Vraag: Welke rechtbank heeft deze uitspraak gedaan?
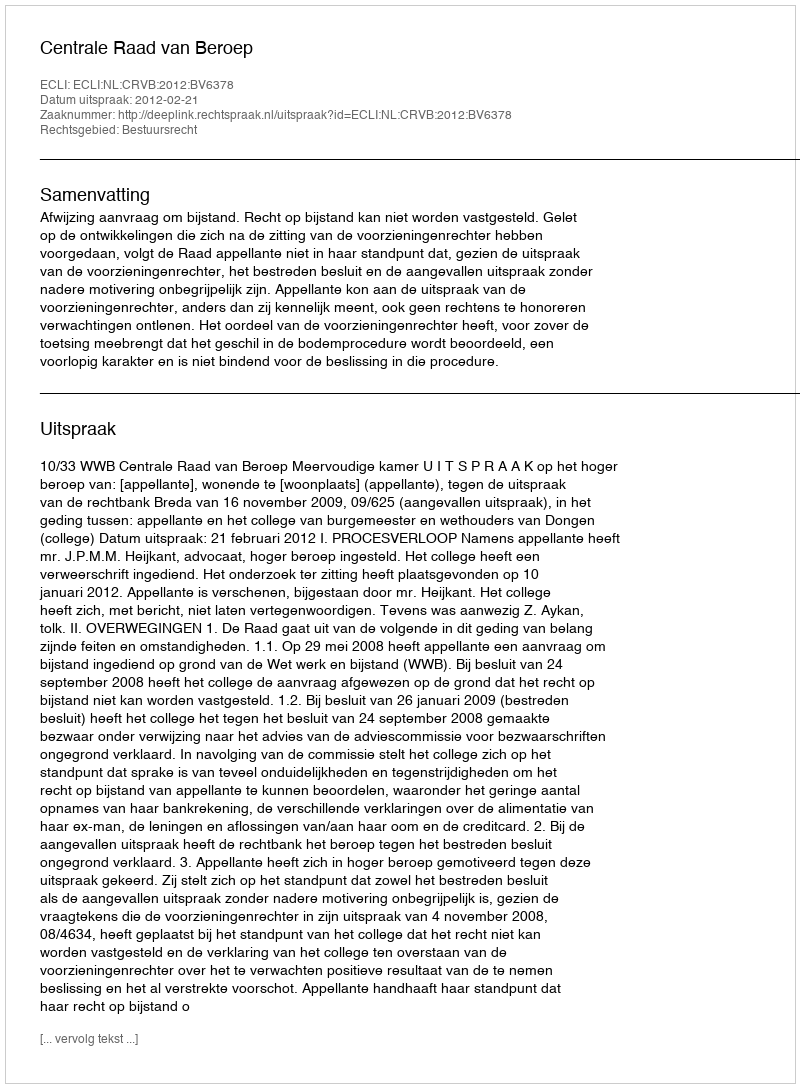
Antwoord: Centrale Raad van Beroep